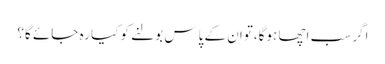
اگر سب اچھا ہوگا،توان کے پاس بولنے کو کیا رہ جائے گا؟